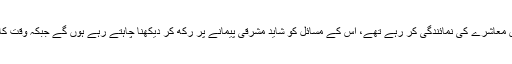
دوسری بات یہ كہ وہ جس معاشرے كی نمائندگی كر رہے تھے، اس كے مسائل كو شاید مشرقی پیمانے پر ركھ كر دیكھنا چاہتے رہے ہوں گے جبكہ وقت كا پہیہ گردش میں آچكا تھا۔